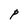
Character: P